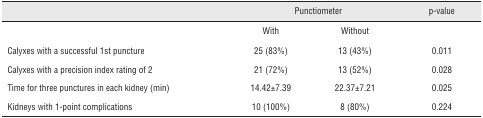
|  | <COLSPAN=2> Punctiometer | p-value |
 | --- | --- | --- | --- |
 |  | With | Without |  |
 | Calyxes with a successful 1st puncture | 25 (83%) | 13 (43%) | 0.011 |
 | Calyxes with a precision index rating of 2 | 21 (72%) | 13 (52%) | 0.028 |
 | Time for three punctures in each kidney (min) | 14.42±7.39 | 22.37±7.21 | 0.025 |
 | Kidneys with 1-point complications | 10 (100%) | 8 (80%) | 0.224 |